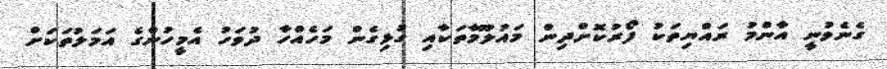
ގެނެވުނީ އާންމު ރައްޔިތަކު ފޯރުކޮށްދިން މައުލޫމާތަކާއި ގުޅިގެން މަހެއްހާ ދުވަހު އެމީހުންގެ އަމަލުތަކަށް